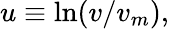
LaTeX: u\equiv\ln(v/v_{m}),